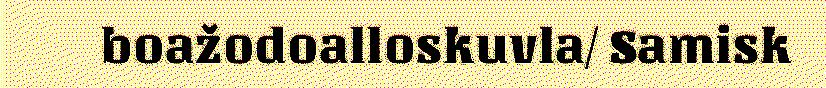
boažodoalloskuvla/ Samisk